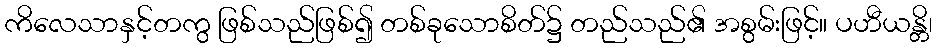
ကိလေသာနှင့်တကွ ဖြစ်သည်ဖြစ်၍ တစ်ခုသောစိတ်၌ တည်သည်၏ အစွမ်းဖြင့်။ ပဟီယန္တိ၊